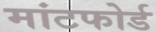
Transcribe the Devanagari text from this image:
मांटफोर्ड